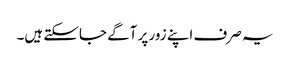
یہ صرف اپنے زور پر آگے جاسکتے ہیں۔